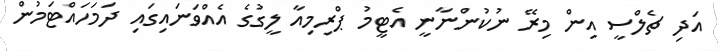
އަދި ޗެލްސީ އިން މިރޭ ނުކުންނާނީ އެޓީމު ޕްރިމިއާ ލީގުގެ އެއްވަނައިގައި ދަމަހައްޓަމުން